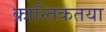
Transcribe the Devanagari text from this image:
क्रान्तिकतया